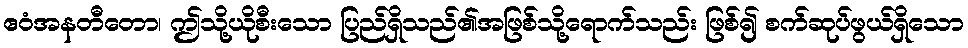
ဧဝံအနတီတော၊ ဤသို့ယိုစီးသော ပြည်ရှိသည်၏အဖြစ်သို့ရောက်သည်း ဖြစ်၍ စက်ဆုပ်ဖွယ်ရှိသော